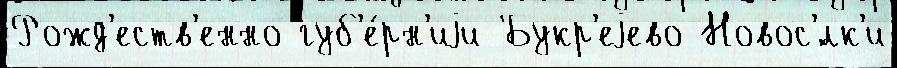
Рожд'еств'енно губ'е́рн'иjи Букр'еjево Новос'́лк'и